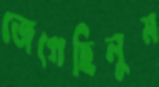
জেগেছিলুম